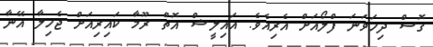
ގޮސް ދިހަވަނަ ފްލޯއަށް އެރިއެވެ. އައިލީޝް އޮތް ރޫމާ ކައިރިއަށް ޖެހިލާ އޭނާ